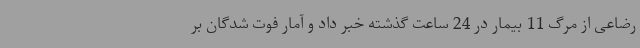
رضاعی از مرگ 11 بیمار در 24 ساعت گذشته خبر داد و آمار فوت شدگان بر